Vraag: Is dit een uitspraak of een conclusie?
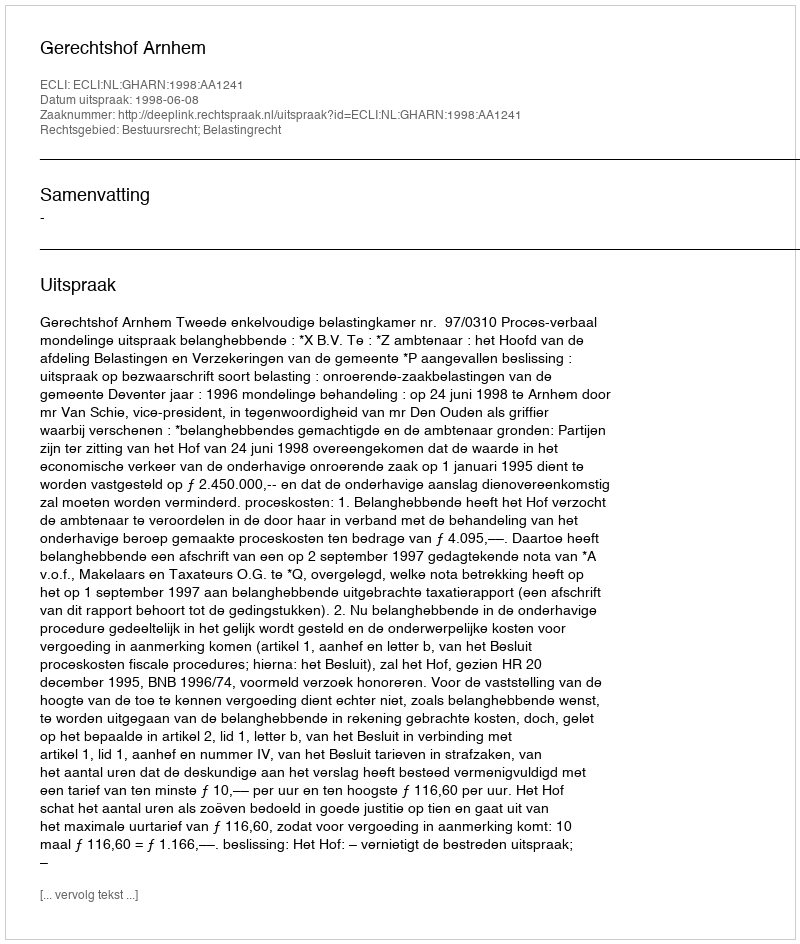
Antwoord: Uitspraak